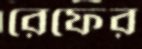
রেফের